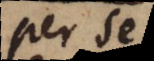
per se